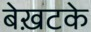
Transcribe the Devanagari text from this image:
बेख़टके